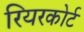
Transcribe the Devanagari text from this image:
रियरकोर्ट